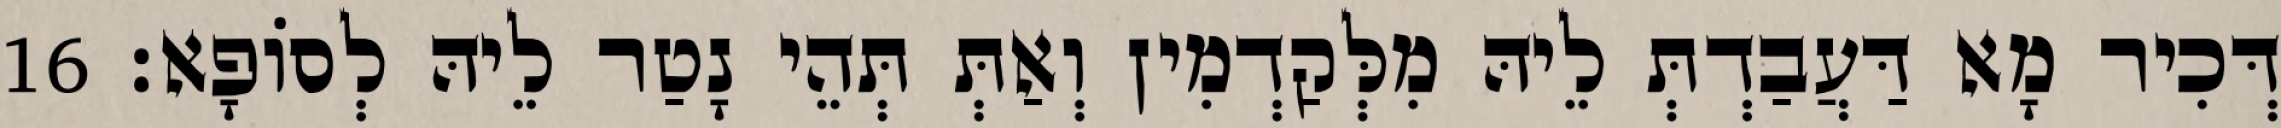
דְּכִיר מָא דַּעֲבַדְתְּ לֵיהּ מִלְּקַדְמִין וְאַתְּ תְּהֵי נָטַר לֵיהּ לְסוֹפָא׃ 16